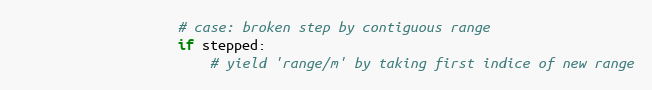
Language: Python
                    # case: broken step by contiguous range
                    if stepped:
                        # yield 'range/m' by taking first indice of new range